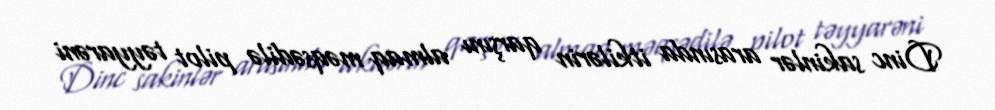
Dinc sakinlər arasında itkilərin qarşını almaq məqsədilə pilot təyyarəni